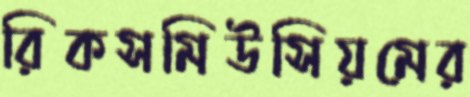
রিকসমিউসিয়মের